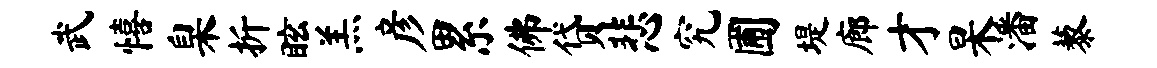
武僖臬折眩羔彦累佛贷悲究圃堤廊才杲潘藜